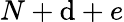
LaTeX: N+\mathrm{d}+e